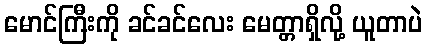
မောင်ကြီးကို ခင်ခင်လေး မေတ္တာရှိလို့ ယူတာပဲ